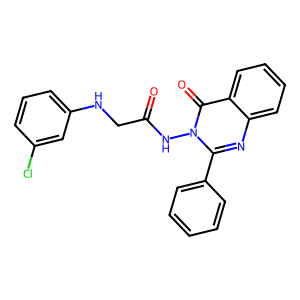
SMILES: O=C(CNc1cccc(Cl)c1)Nn1c(-c2ccccc2)nc2ccccc2c1=O
Inhibits HIV replication: No